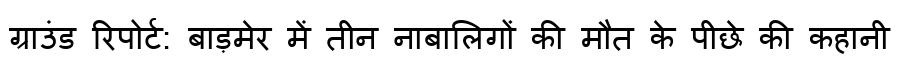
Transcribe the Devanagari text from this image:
ग्राउंड रिपोर्ट: बाड़मेर में तीन नाबालिगों की मौत के पीछे की कहानी